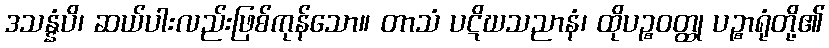
ဒသန္နံပိ၊ ဆယ်ပါးလည်းဖြစ်ကုန်သော။ တာသံ ပဋိဃသညာနံ၊ ထိုပဉ္စဝတ္ထု ပဉ္စာရုံတို့၏